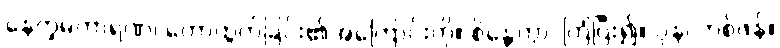
နေက္ခမကာရဏ၊ တောထွက်ခြင်း၏အကြောင်းကို။ စိန္တေတွာ၊ ကြံပြီး၍။ ပုန၊ တစ်ဖန်။